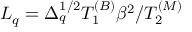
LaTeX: L _ { q } = \Delta _ { q } ^ { 1 / 2 } T _ { 1 } ^ { ( B ) } \beta ^ { 2 } / T _ { 2 } ^ { ( M ) }